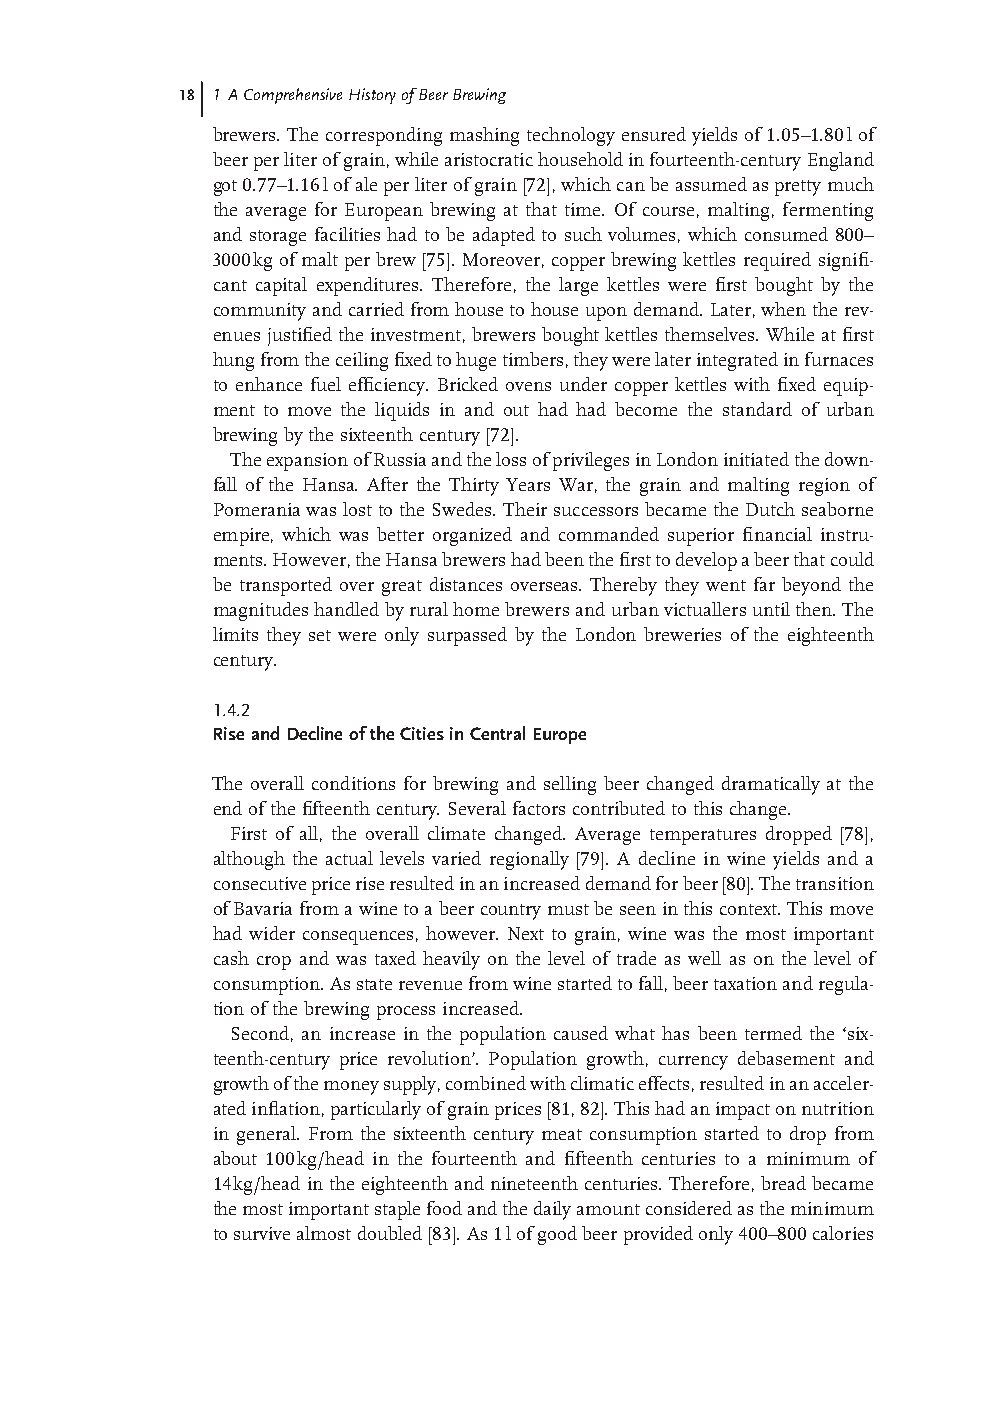
18 1 A Comprehensive History of Beer Brewing
 brewers. The corresponding mashing technology ensured yields of 1.05 – 1.80 l of
 beer per liter of grain, while aristocratic household in fourteenth- century England
 got 0.77 – 1.16 l of ale per liter of grain [72] , which can be assumed as pretty much
 the average for European brewing at that time. Of course, malting, fermenting
 and storage facilities had to be adapted to such volumes, which consumed 800 –
 3000 kg of malt per brew [75] . Moreover, copper brewing kettles required signifi -
 cant capital expenditures. Therefore, the large kettles were fi rst bought by the
 community and carried from house to house upon demand. Later, when the rev-
 enues justifi ed the investment, brewers bought kettles themselves. While at fi rst
 hung from the ceiling fi xed to huge timbers, they were later integrated in furnaces
 to enhance fuel effi ciency. Bricked ovens under copper kettles with fi xed equip-
 ment to move the liquids in and out had had become the standard of urban
 brewing by the sixteenth century [ 72] .
 The expansion of Russia and the loss of privileges in London initiated the down-
 fall of the Hansa. After the Thirty Years War, the grain and malting region of
 Pomerania was lost to the Swedes. Their successors became the Dutch seaborne
 empire, which was better organized and commanded superior fi nancial instru-
 ments. However, the Hansa brewers had been the fi rst to develop a beer that could
 be transported over great distances overseas. Thereby they went far beyond the
 magnitudes handled by rural home brewers and urban victuallers until then. The
 limits they set were only surpassed by the London breweries of the eighteenth
 century.
 1.4.2
 Rise and Decline of the Cities in Central Europe
 The overall conditions for brewing and selling beer changed dramatically at the
 end of the fi fteenth century. Several factors contributed to this change.
 First of all, the overall climate changed. Average temperatures dropped [ 78] ,
 although the actual levels varied regionally [ 79] . A decline in wine yields and a
 consecutive price rise resulted in an increased demand for beer [80] . The transition
 of Bavaria from a wine to a beer country must be seen in this context. This move
 had wider consequences, however. Next to grain, wine was the most important
 cash crop and was taxed heavily on the level of trade as well as on the level of
 consumption. As state revenue from wine started to fall, beer taxation and regula-
 tion of the brewing process increased.
 Second, an increase in the population caused what has been termed the ‘ six-
 teenth - century price revolution’ . Population growth, currency debasement and
 growth of the money supply, combined with climatic effects, resulted in an acceler-
 ated infl ation, particularly of grain prices [ 81, 82] . This had an impact on nutrition
 in general. From the sixteenth century meat consumption started to drop from
 about 100 kg/head in the fourteenth and fi fteenth centuries to a minimum of
 14 kg/head in the eighteenth and nineteenth centuries. Therefore, bread became
 the most important staple food and the daily amount considered as the minimum
 to survive almost doubled [ 83] . As 1 l of good beer provided only 400 – 800 calories